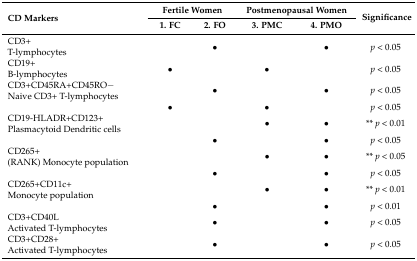
| <ROWSPAN=2> CD Markers | <COLSPAN=2> Fertile Women | <COLSPAN=2> Postmenopausal Women | <ROWSPAN=2> Significance |
 | 1. FC | 2. FO | 3. PMC | 4. PMO |
 | --- | --- | --- | --- | --- | --- |
 | CD3+ T-lymphocytes |  | • |  | • | p < 0.05 |
 | CD19+ B-lymphocytes | • |  | • |  | p < 0.05 |
 | CD3+CD45RA+CD45RO− Naive CD3+ T-lymphocytes |  | • |  | • | p < 0.05 |
 |  | • |  | • |  | p < 0.05 |
 | CD19-HLADR+CD123+ Plasmacytoid Dendritic cells |  |  | • | • | ** p < 0.01 |
 |  |  | • |  | • | p < 0.05 |
 | CD265+ (RANK) Monocyte population |  |  | • | • | ** p < 0.05 |
 |  |  | • |  | • | p < 0.05 |
 | CD265+CD11c+ Monocyte population |  |  | • | • | ** p < 0.01 |
 |  |  | • |  | • | p < 0.01 |
 | CD3+CD40L Activated T-lymphocytes |  | • |  | • | p < 0.05 |
 | CD3+CD28+ Activated T-lymphocytes |  | • |  | • | p < 0.05 |